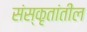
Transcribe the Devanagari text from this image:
संस्कृतांतील